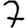
Digit: 7